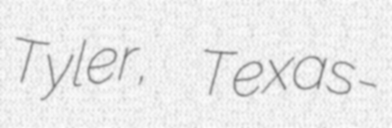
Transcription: Tyler, Texas-